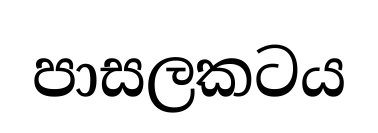
පාසලකටය